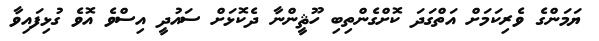
ޔަމަންގެ ވެރިކަމަށް އަތްގަދަ ކޮށްގެންތިބި ހޫޘީންނާ ދެކޮޅަށް ސައުދީ އިސްވެ އޮވެ ގުޅިފައިވާ